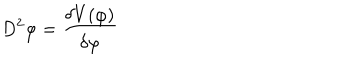
LaTeX: D ^ { 2 } \varphi = \frac { \delta V ( \varphi ) } { \delta \varphi }